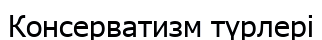
Консерватизм түрлері